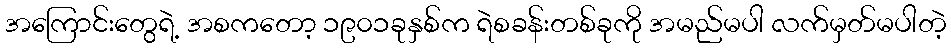
အကြောင်းတွေရဲ့ အစကတော့ ၁၉၀၁ခုနှစ်က ရဲစခန်းတစ်ခုကို အမည်မပါ လက်မှတ်မပါတဲ့